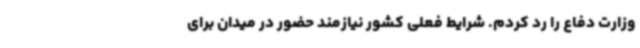
وزارت دفاع را رد کردم. شرایط فعلی کشور نیازمند حضور در میدان برای